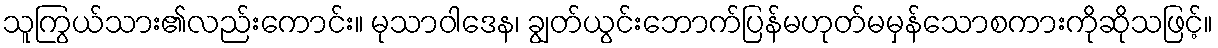
သူကြွယ်သား၏လည်းကောင်း။ မုသာဝါဒေန၊ ချွတ်ယွင်းဘောက်ပြန်မဟုတ်မမှန်သောစကားကိုဆိုသဖြင့်။